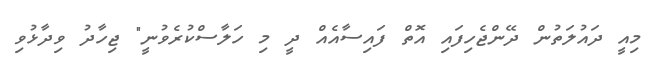
މިއީ ދައުލަތުން ދޭންޖެހިފައި އޮތް ފައިސާއެއް ދީ މި ހަލާސްކުރެވުނީ" ޖިހާދު ވިދާޅުވި